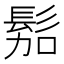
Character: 𱅿